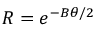
R = e ^ { - B \theta / 2 }